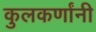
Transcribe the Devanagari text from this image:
कुलकर्णांनी